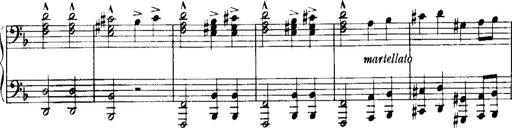
Title: Historische ungarische Bildnisse
Composer: Franz Liszt